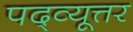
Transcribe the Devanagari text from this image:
पद्व्यूत्तर